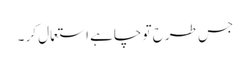
جس طرح تو چاہے استعمال کر ۔